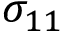
\sigma _ { 1 1 }